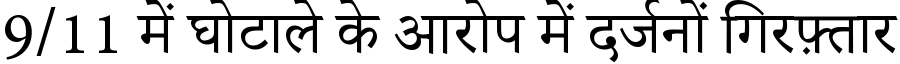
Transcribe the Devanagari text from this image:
9/11 में घोटाले के आरोप में दर्जनों गिरफ़्तार